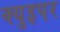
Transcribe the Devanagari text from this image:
क्युइपर